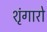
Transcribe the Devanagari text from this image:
शृंगारो